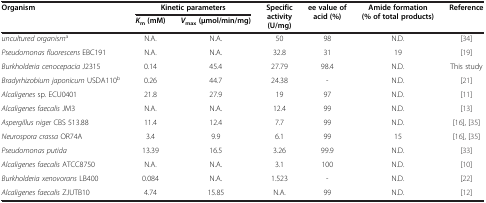
<table><thead><tr><td rowspan="2"><b>Organism</b></td><td colspan="2"><b>Kinetic parameters</b></td><td rowspan="2"><b>Specific activity (U/mg)</b></td><td rowspan="2"><b>ee value of acid (%)</b></td><td rowspan="2"><b>Amide formation (% of total products)</b></td><td rowspan="2"><b>Reference</b></td></tr><tr><td><b><i>K</i><sub>m</sub>(mM)</b></td><td><b><i>V</i><sub>max</sub>(μmol/min/mg)</b></td></tr></thead><tbody><tr><td><i>uncultured organism</i><sup>a</sup></td><td>N.A.</td><td>N.A.</td><td>50</td><td>98</td><td>N.D.</td><td>[34]</td></tr><tr><td><i>Pseudomonas fluorescens</i> EBC191</td><td>N.A.</td><td>N.A.</td><td>32.8</td><td>31</td><td>19</td><td>[19]</td></tr><tr><td><i>Burkholderia cenocepacia</i> J2315</td><td>0.14</td><td>45.4</td><td>27.79</td><td>98.4</td><td>N.D.</td><td>This study</td></tr><tr><td><i>Bradyrhizobium japonicum</i> USDA110<sup>b</sup></td><td>0.26</td><td>44.7</td><td>24.38</td><td>-</td><td>N.D.</td><td>[21]</td></tr><tr><td><i>Alcaligenes</i> sp. ECU0401</td><td>21.8</td><td>27.9</td><td>19</td><td>97</td><td>N.D.</td><td>[11]</td></tr><tr><td><i>Alcaligenes faecalis</i> JM3</td><td>N.A.</td><td>N.A.</td><td>12.4</td><td>99</td><td>N.D.</td><td>[13]</td></tr><tr><td><i>Aspergillus niger</i> CBS 513.88</td><td>11.4</td><td>12.4</td><td>7.7</td><td>99</td><td>N.D.</td><td>[16], [35]</td></tr><tr><td><i>Neurospora crassa</i> OR74A</td><td>3.4</td><td>9.9</td><td>6.1</td><td>99</td><td>15</td><td>[16], [35]</td></tr><tr><td><i>Pseudomonas putida</i></td><td>13.39</td><td>16.5</td><td>3.26</td><td>99.9</td><td>N.D.</td><td>[33]</td></tr><tr><td><i>Alcaligenes faecalis</i> ATCC8750</td><td>N.A.</td><td>N.A.</td><td>3.1</td><td>100</td><td>N.D.</td><td>[10]</td></tr><tr><td><i>Burkholderia xenovorans</i> LB400</td><td>0.084</td><td>N.A.</td><td>1.523</td><td>-</td><td>N.D.</td><td>[22]</td></tr><tr><td><i>Alcaligenes faecalis</i> ZJUTB10</td><td>4.74</td><td>15.85</td><td>N.A.</td><td>99</td><td>N.D.</td><td>[12]</td></tr></tbody></table>